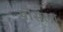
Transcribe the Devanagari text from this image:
पौसला